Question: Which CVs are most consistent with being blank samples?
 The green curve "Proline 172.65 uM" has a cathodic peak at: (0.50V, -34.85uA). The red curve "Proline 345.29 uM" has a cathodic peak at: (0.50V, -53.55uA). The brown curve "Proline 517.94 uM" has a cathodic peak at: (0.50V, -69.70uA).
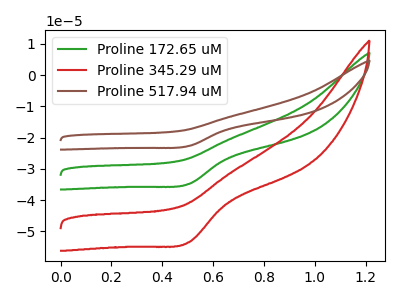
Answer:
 <answer>There are not any CV's on this graph that are likely to be blanks.</answer>
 <eval>none</eval>